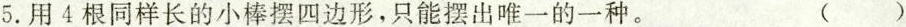
5.用4根同样长的小棒摆四边形，只能摆出唯一的一种。 ()